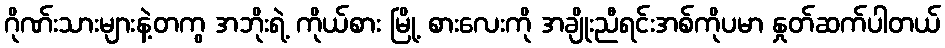
ဂိုဏ်းသားများနဲ့တကွ အဘိုးရဲ့ ကိုယ်စား မြို့ စားလေးကို အချိုးညီရင်းအစ်ကိုပမာ နှုတ်ဆက်ပါတယ်